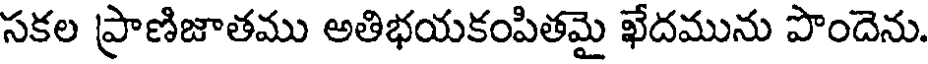
సకల ప్రాణిజాతము అతిభయకంపితమై ఖేదమును పొందెను.